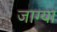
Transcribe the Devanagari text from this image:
जाग्या